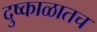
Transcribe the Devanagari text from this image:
दुष्काळातच